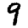
Digit: 9